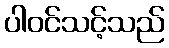
ပါဝင်သင့်သည်